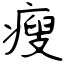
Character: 瘦